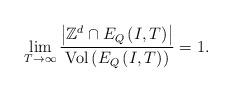
LaTeX: \begin{align*}\lim_{T\rightarrow\infty}\frac{\left|\mathbb{Z}^{d}\cap E_{Q}\left(I,T\right)\right|}{\mathrm{Vol}\left(E_{Q}\left(I,T\right)\right)}=1.\end{align*}